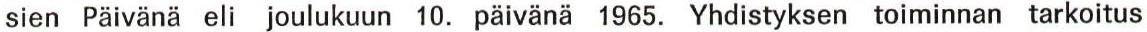
sien Päivänä eli joulukuun 10. päivänä 1965. Yhdistyksen toiminnan tarkoitus